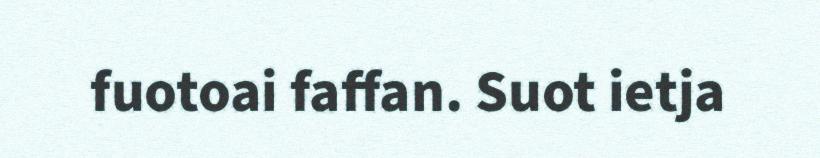
fuotoai faffan. Suot ietja